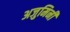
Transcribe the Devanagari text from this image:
अजुमिनी